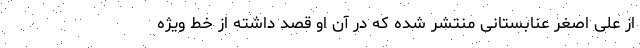
از علی اصغر عنابستانی منتشر شده که در آن او قصد داشته از خط ویژه